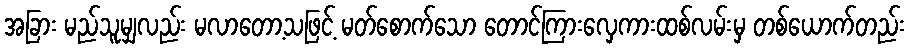
အခြား မည်သူမျှလည်း မလာတော့သဖြင့် မတ်စောက်သော တောင်ကြားလှေကားထစ်လမ်းမှ တစ်ယောက်တည်း